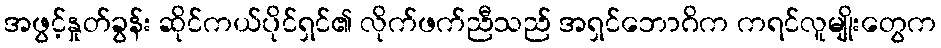
အဖွင့်နှုတ်ခွန်း ဆိုင်ကယ်ပိုင်ရှင်၏ လိုက်ဖက်ညီသည် အရှင်ဘောဂိက ကရင်လူမျိုးတွေက